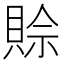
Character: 賒